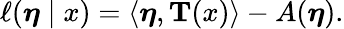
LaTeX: \ell({\boldsymbol{\eta}}\mid x)=\langle{\boldsymbol{\eta}},\mathbf{T}(x)\rangle-A({\boldsymbol{\eta}}).